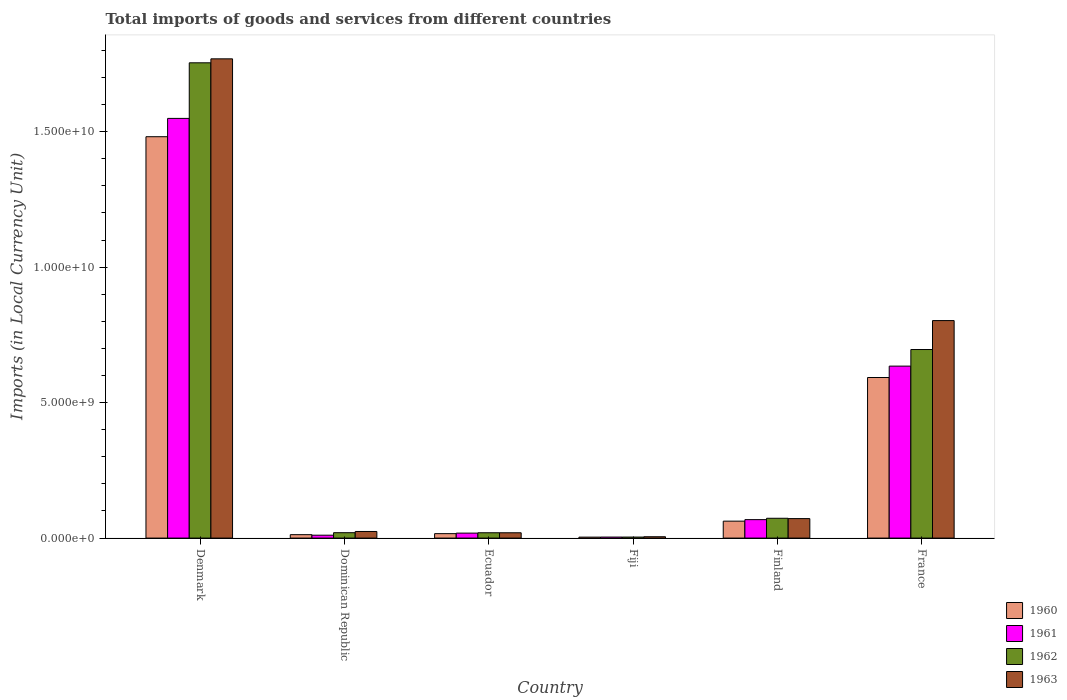
| Country | 1960 | 1961 | 1962 | 1963 |
 | --- | --- | --- | --- | --- |
 | Denmark | 1.48e+10 | 1.55e+10 | 1.75e+10 | 1.77e+10 |
 | Dominican Republic | 1.26e+08 | 1.07e+08 | 1.99e+08 | 2.44e+08 |
 | Ecuador | 1.64e+08 | 1.83e+08 | 1.97e+08 | 1.96e+08 |
 | Fiji | 3.56e+07 | 3.79e+07 | 3.79e+07 | 5e+07 |
 | Finland | 6.25e+08 | 6.81e+08 | 7.32e+08 | 7.19e+08 |
 | France | 5.93e+09 | 6.35e+09 | 6.96e+09 | 8.03e+09 |